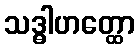
သဒ္ဓါဟတ္ထော